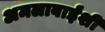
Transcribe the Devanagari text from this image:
अमलाबाईंशी